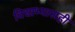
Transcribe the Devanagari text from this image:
विद्याभ्यासही